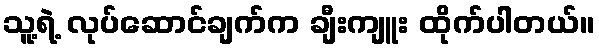
သူ့ရဲ့ လုပ်ဆောင်ချက်က ချီးကျူး ထိုက်ပါတယ်။